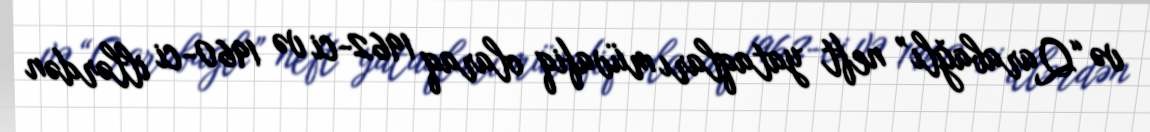
və “Qarabağlı” neft yataqları müvafiq olaraq 1962-ci və 1960-ci illərdən